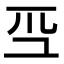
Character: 𭗻